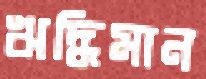
ঋদ্ধিমান